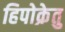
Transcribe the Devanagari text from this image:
हिपोक्रेतु